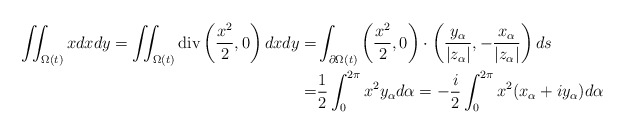
\begin{align*}\iint_{\Omega(t)}xdxdy=\iint_{\Omega(t)}\textrm{div}\left(\frac{x^{2}}{2},0\right)dxdy=&\int_{\partial\Omega(t)}\left(\frac{x^{2}}{2},0\right)\cdot \left(\frac{y_{\alpha}}{|z_{\alpha}|},-\frac{x_{\alpha}}{|z_{\alpha}|}\right)ds\\=&\frac{1}{2}\int_{0}^{2\pi}x^{2}y_{\alpha}d\alpha=-\frac{i}{2}\int_{0}^{2\pi}x^{2}(x_{\alpha}+iy_{\alpha})d\alpha\end{align*}